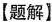
【题解】